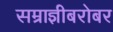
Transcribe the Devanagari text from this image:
सम्राज्ञीबरोबर